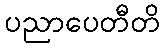
ပညာပေတီတိ